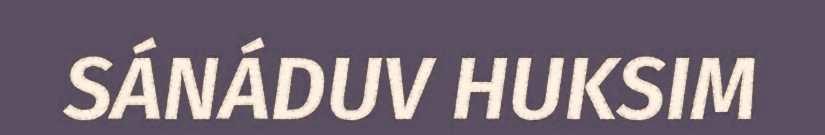
SÁNÁDUV HUKSIM